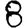
Digit: 8